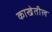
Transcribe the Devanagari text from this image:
काखेतील